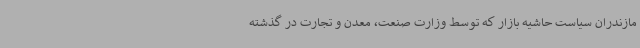
مازندران سیاست حاشیه بازار که توسط وزارت صنعت، معدن و تجارت در گذشته